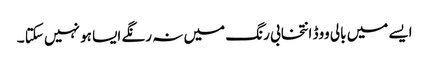
ایسے میں بالی ووڈ انتخابی رنگ میں نہ رنگے ایسا ہو نہیں سکتا ۔